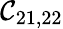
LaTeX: \mathcal{C}_{21,22}